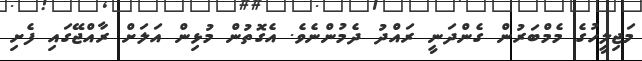
މަޖިލީހުގެ މެމްބަރުން ގެންދަނީ ރައްދު ދެމުންނެވެ. އެގޮތުން މުޅިން އަލަށް ރާއްޖޭގައި ފެށި